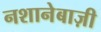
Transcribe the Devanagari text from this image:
नशानेबाज़ी